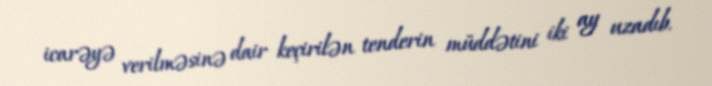
icarəyə verilməsinə dair keçirilən tenderin müddətini iki ay uzadıb.